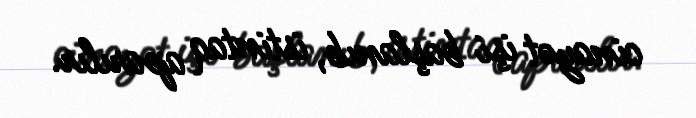
cinayət işi başlanıb, istintaq aparılır.